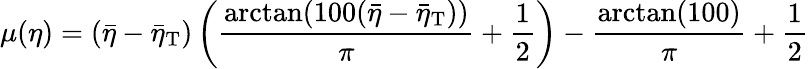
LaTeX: \mu(\eta)=(\bar{\eta}-\bar{\eta}_{\mathrm{T}})\left(\frac{\arctan(100(\bar{\eta}-\bar{\eta}_{\mathrm{T}}))}{\pi}+\frac{1}{2}\right)-\frac{\arctan(100)}{\pi}+\frac{1}{2}